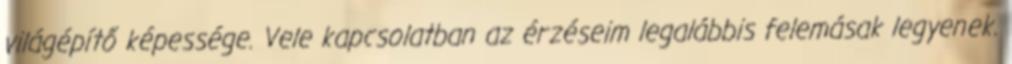
világépítő képessége. Vele kapcsolatban az érzéseim legalábbis felemásak legyenek.